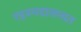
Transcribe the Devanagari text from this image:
रहस्यदालनात